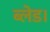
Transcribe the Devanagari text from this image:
ब्लेड।